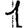
Digit: 1